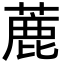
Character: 蔍